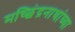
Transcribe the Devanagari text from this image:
मच्छिंद्रनाथांच्या